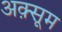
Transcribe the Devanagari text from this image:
अक़्सूम